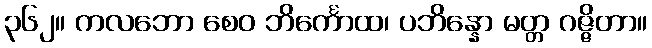
၃၆၂။ ကလဘော စေဝ ဘိင်္ကောထ၊ ပဘိန္နော မတ္တ ဂဇ္ဇိတာ။